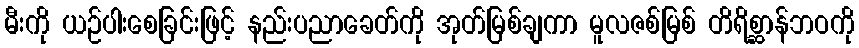
မီးကို ယဉ်ပါးစေခြင်းဖြင့် နည်းပညာခေတ်ကို အုတ်မြစ်ချကာ မူလဇစ်မြစ် တိရိစ္ဆာန်ဘဝကို